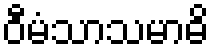
ဝီမံသာသမာဓိ